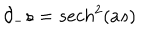
\partial _ { - } s = s e c h ^ { 2 } ( a s )